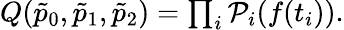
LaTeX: \begin{array}{r}{Q(\tilde{p}_{0},\tilde{p}_{1},\tilde{p}_{2})=\prod_{i}\mathcal{P}_{i}(f(t_{i})).}\end{array}